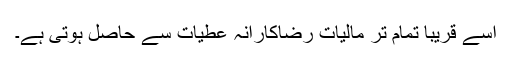
اسے قریباً تمام تر مالیات رضاکارانہ عطیات سے حاصل ہوتی ہے۔